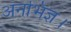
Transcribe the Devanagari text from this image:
अनभिज्ञ।